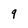
Character: 9